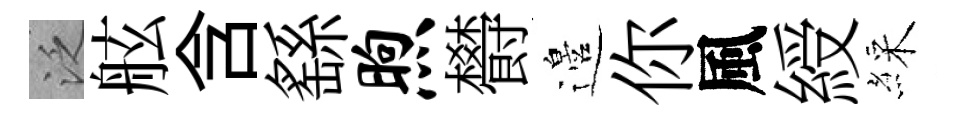
泛舷含繇煦欎邉你風綬綵